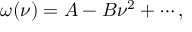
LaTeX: \omega ( \nu ) = A - B \nu ^ { 2 } + \cdots ,